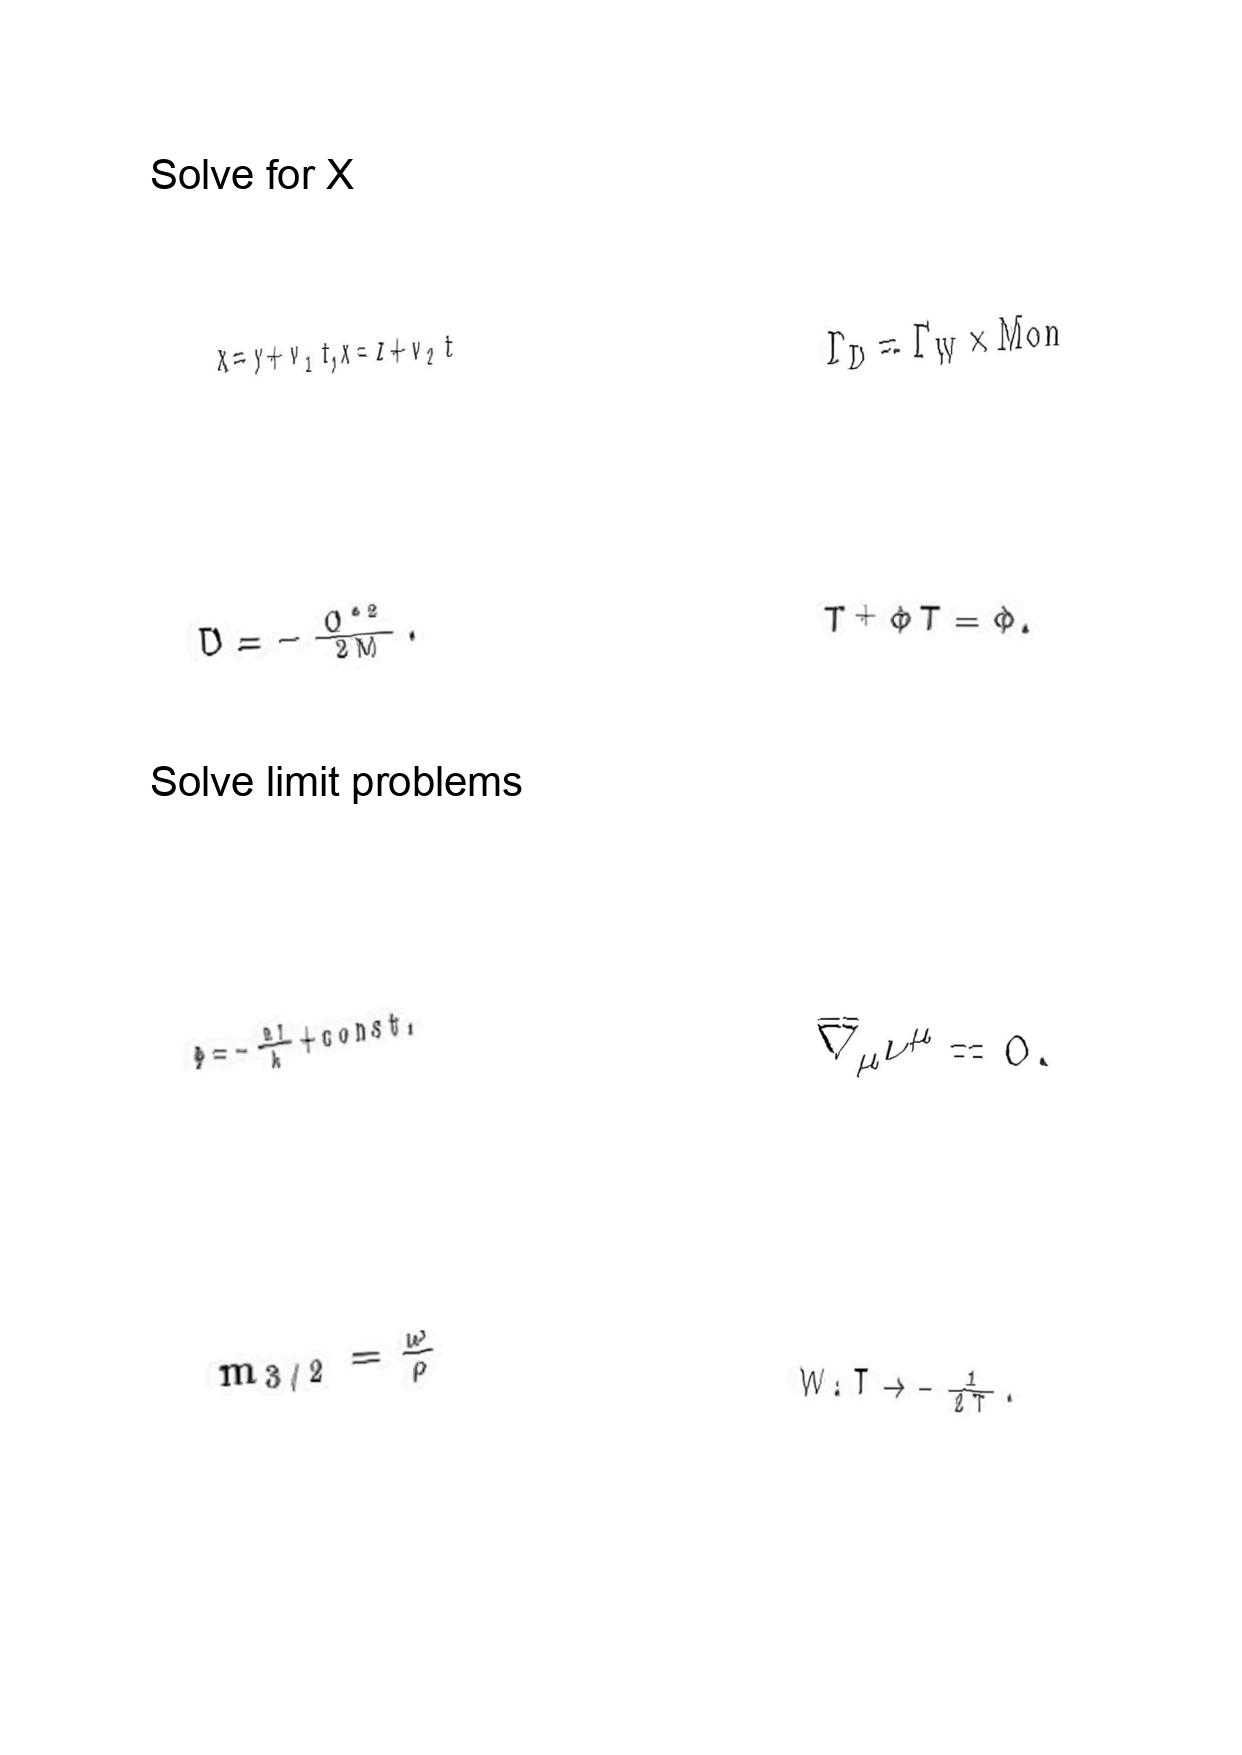
LaTeX transcription:
x = y + v _ { 1 } t , x = z + v _ { 2 } t
D = - \frac { Q ^ { \ast 2 } } { 2 M } .
\Phi = - \frac { 2 Y } { k } + c o n s t .
m _ { 3 / 2 } = \frac { \omega } { \rho }
\Gamma _ { D } = \Gamma _ { W } \times M o n
T ^ { + } \Phi T = \Phi .
\overline { \nabla } _ { \mu } \nu ^ { \mu } = 0 .
W : T \rightarrow - \frac { 1 } { 2 T } .